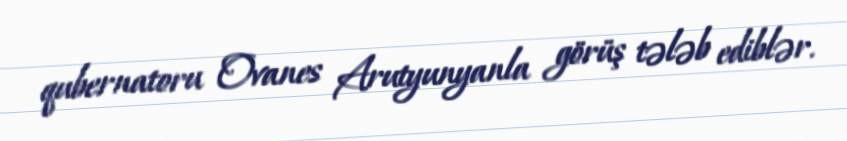
qubernatoru Ovanes Arutyunyanla görüş tələb ediblər.